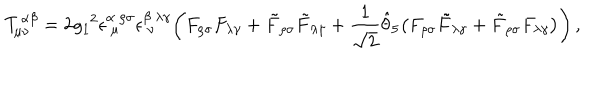
{ \cal T } _ { \mu \nu } ^ { \alpha \beta } = 2 { \it g _ { 1 } } ^ { 2 } \epsilon _ { ~ \mu } ^ { \alpha ~ \rho \sigma } \epsilon _ { ~ \nu } ^ { \beta ~ \lambda \gamma } \bigg ( F _ { \rho \sigma } F _ { \lambda \gamma } + \tilde { F } _ { \rho \sigma } \tilde { F } _ { \lambda \gamma } + { \frac { 1 } { \sqrt 2 } } \hat { \theta } _ { 5 } \big ( F _ { \rho \sigma } \tilde { F } _ { \lambda \gamma } + \tilde { F } _ { \rho \sigma } F _ { \lambda \gamma } \big ) \bigg ) \, ,